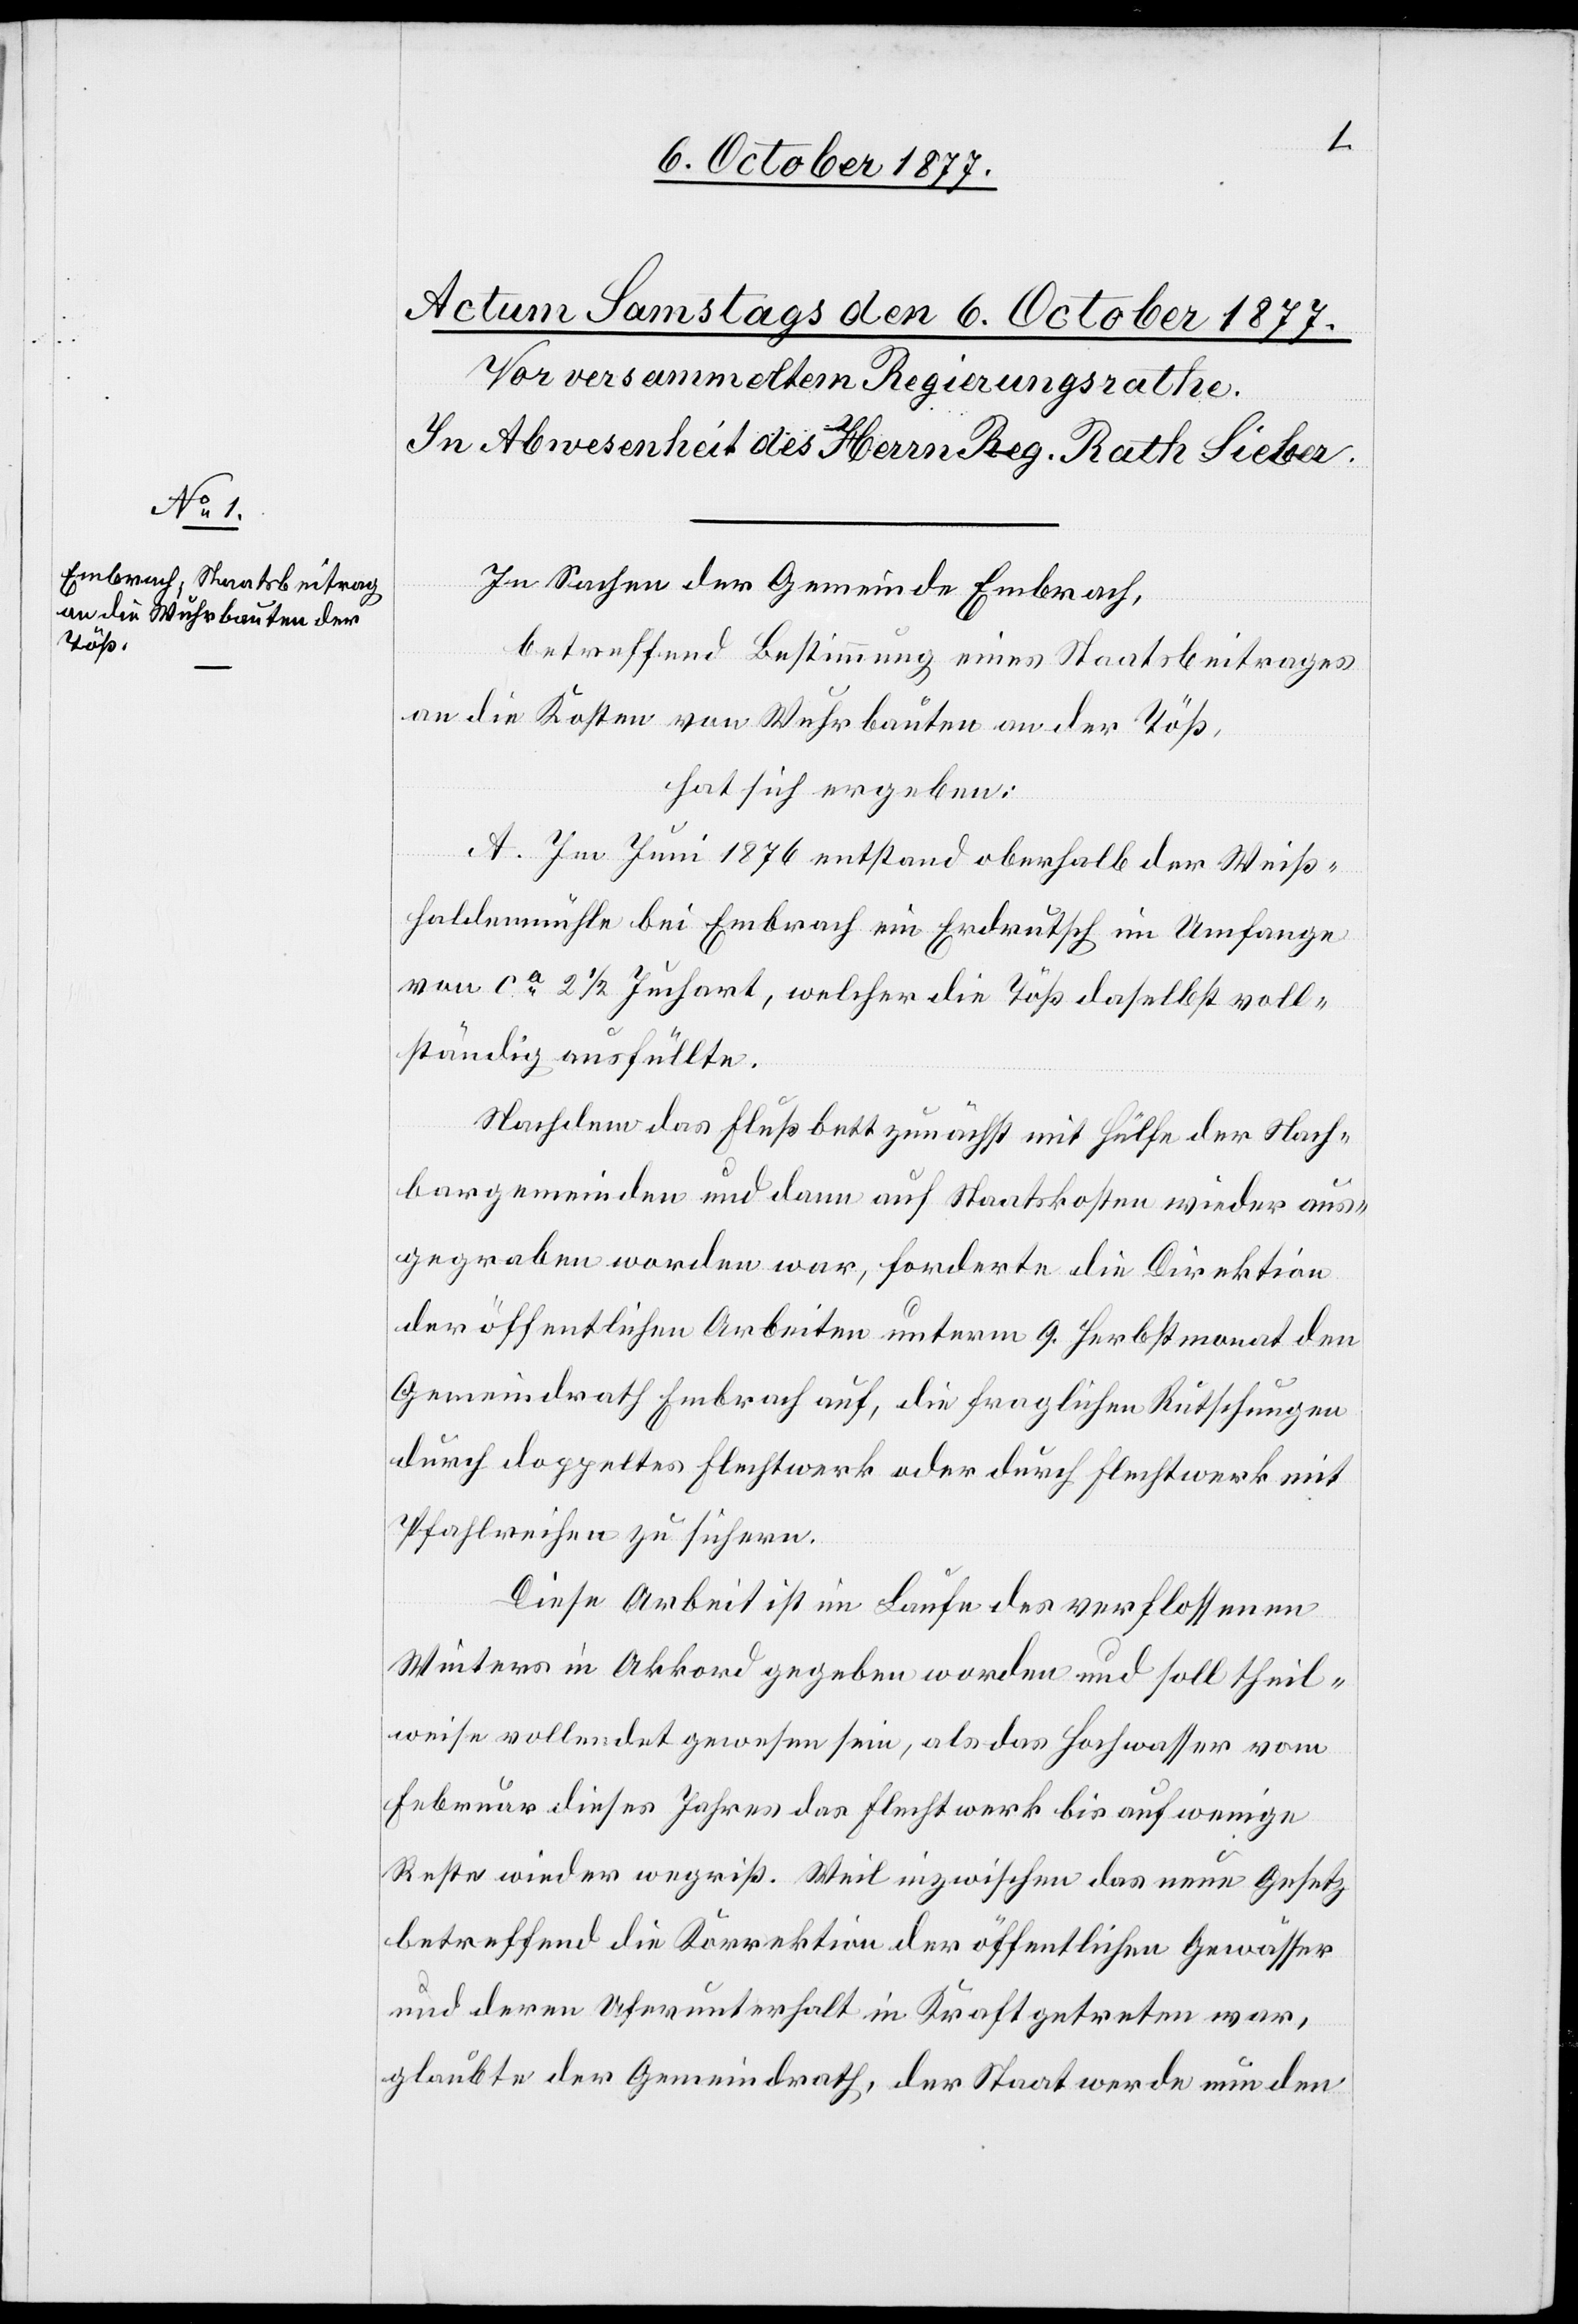
In Sachen der Gemeinde Embrach,
betreffend Bestimmung eines Staatsbeitrages
an die Kosten von Wuhrbauten an der Töß,
hat sich ergeben:
A. Im Juni 1876 entstand oberhalb der Weiß¬
haldenmühle bei Embrach ein Erdrutsch im Umfange
von ca 2 1/2 Juchart, welcher die Töß daselbst voll¬
ständig ausfüllte.
Nachdem das Flußbett zunächst mit Hülfe der Nach¬
bargemeinden und dann auf Staatskosten wieder aus¬
gegraben worden war, forderte die Direktion
der öffentlichen Arbeiten unterm 9. Herbstmonat den
Gemeindrath Embrach auf, die fraglichen Rutschungen
durch doppeltes Flechtwerk oder durch Flechtwerk mit
Pfahlreihen zu sichern.
Diese Arbeit ist im Laufe des verflossenen
Winters in Akkord gegeben worden und soll theil¬
weise vollendet gewesen sein, als das Hochwasser vom
Februar dieses Jahres das Flechtwerk bis auf wenige
Reste wieder wegriß. Weil inzwischen das neue Gesetz
betreffend die Korrektion der öffentlichen Gewässer
und deren Uferunterhalt in Kraft getreten war,
glaubte der Gemeindrath, der Staat werde nun den